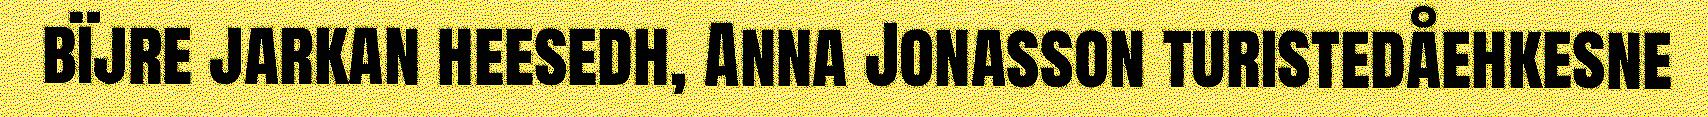
bïjre jarkan heesedh, Anna Jonasson turistedåehkesne